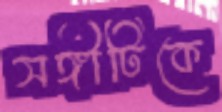
সঙ্গীটিকে